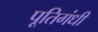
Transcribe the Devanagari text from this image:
पूतिगंधी